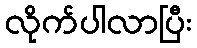
လိုက်ပါလာပြီး